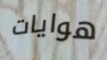
هوايات